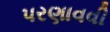
પરણાવવી